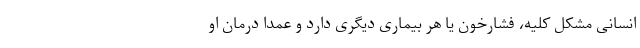
انسانی مشکل کلیه، فشارخون یا هر بیماری دیگری دارد و عمداً درمان او